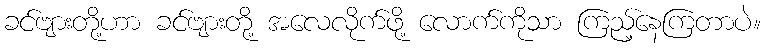
ခင်ဗျားတို့ဟာ ခင်ဗျားတို့ အလေလိုက်ဖို့ လောက်ကိုသာ ကြည့်နေကြတာပဲ။